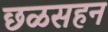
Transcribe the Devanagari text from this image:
छळसहन